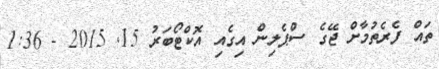
ތައް ފެރެތުމާށް ޖޭގެ ސްޕެލިން އިގެއި އޮކްޓޯބަރު 15